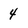
Character: 4